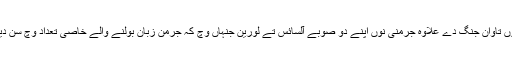
فرانس نوں تاوان جنگ دے علاوہ جرمنی نوں اپنے دو صوبے آلسائس تے لورین جنہاں وچ کہ جرمن زبان بولنے والے خاصی تعداد وچ سن دینے پئے۔